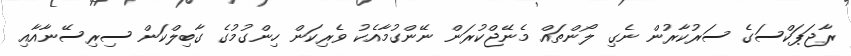
ރާޖަޕަކްސަގެ ސަރުކާރުން ނެގި ލޯންތައް މެނޭޖްކުރަން ނޭންގުމާއެކު ވެރިކަން ހިންގުމުގެ ގާބިލްކަން ސިރިސޭނާއާއި